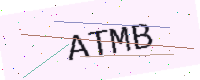
Text: ATMB